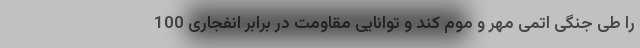
را طی جنگی اتمی مهر و موم کند و توانایی مقاومت در برابر انفجاری 100